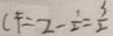
C F = 2 - \frac { 1 } { 2 } = \frac { 3 } { 2 }